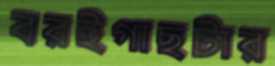
বরইগাছটার